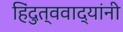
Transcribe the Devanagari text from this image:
हिंदुत्ववाद्यांनी